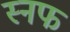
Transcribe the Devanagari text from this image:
स्नफ